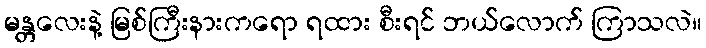
မန္တလေးနဲ့ မြစ်ကြီးနားကရော ရထား စီးရင် ဘယ်လောက် ကြာသလဲ။